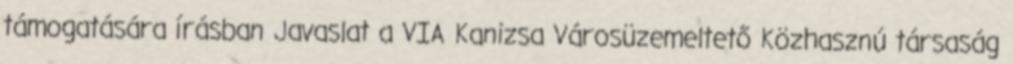
támogatására írásban Javaslat a VIA Kanizsa Városüzemeltető Közhasznú társaság